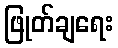
ဖြုတ်ချရေး